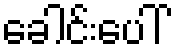
ခေါင်းပေါ်